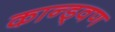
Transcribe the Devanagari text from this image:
कान्ड्वण